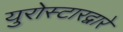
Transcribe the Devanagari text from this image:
युरोस्टारद्वारे